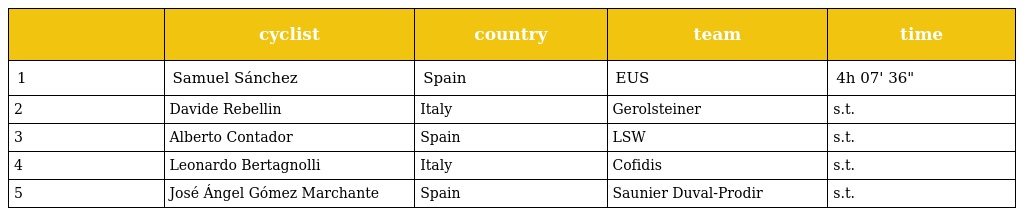
|  | cyclist | country | team | time |
 | --- | --- | --- | --- | --- |
 | 1 | Samuel Sánchez | Spain | EUS | 4h 07' 36" |
 | 2 | Davide Rebellin | Italy | Gerolsteiner | s.t. |
 | 3 | Alberto Contador | Spain | LSW | s.t. |
 | 4 | Leonardo Bertagnolli | Italy | Cofidis | s.t. |
 | 5 | José Ángel Gómez Marchante | Spain | Saunier Duval-Prodir | s.t. |